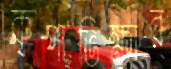
কৃপাভিক্ষার